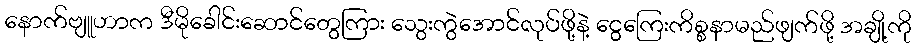
နောက်ဗျူဟာက ဒီမိုခေါင်းဆောင်တွေကြား သွေးကွဲအောင်လုပ်ဖို့နဲ့ ငွေကြေးကိစ္စနာမည်ဖျက်ဖို့ အချို့ကို